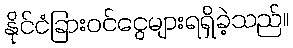
နိုင်ငံခြားဝင်ငွေများရရှိခဲ့သည်။